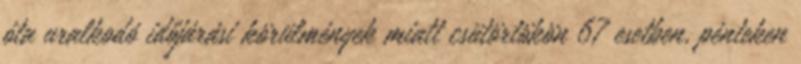
óta uralkodó időjárási körülmények miatt csütörtökön 67 esetben, pénteken